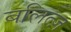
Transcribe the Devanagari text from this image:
बलित्ज़